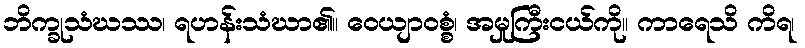
ဘိက္ခုသံဃဿ၊ ရဟန်းသံဃာ၏။ ဝေယျာဝစ္စံ၊ အမှုကြီးငယ်ကို။ ကာရေသိ ကိရ၊